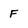
Character: F